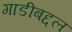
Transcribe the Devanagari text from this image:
गाडीबद्दल